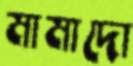
মামাদো